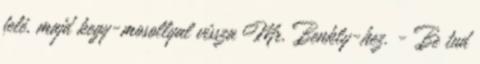
felé, majd kegy-mosollyal vissza Mr. Benkly-hez. - Be tud